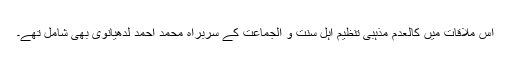
اس ملاقات میں کالعدم مذہبی تنظیم اہل سنت و الجماعت کے سربراہ محمد احمد لدھیانوی بھی شامل تھے۔